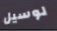
لوسيل